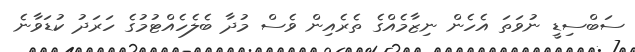
ސަބްސިޑީ ނުވަތަ އެހެން ނިޒާމެއްގެ ތެރެއިން ވެސް މުދާ ބެލެހެއްޓުމުގެ ހަރަދު ކުޑަވާނެ